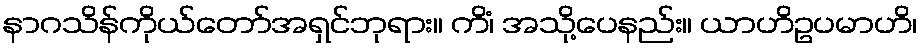
နာဂသိန်ကိုယ်တော်အရှင်ဘုရား။ ကိံ၊ အသို့ပေနည်း။ ယာဟိဥပမာဟိ၊